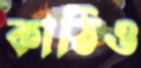
কাঠিও